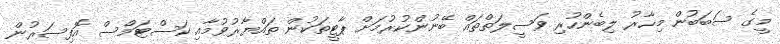
މީގެ ސަބަބުން މިހާރު ލިބެންހުރި ވަސީލަތްތައް ބޭނުންކުރުމަށް ޕާޓީތަކުން ތައްޔާރުވުމާއި ކަސްޓަމްސް އޮފިސަރުން